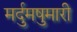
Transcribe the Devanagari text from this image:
मर्दुमषुमारी